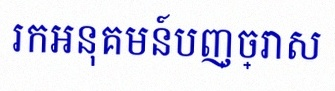
រកអនុគមន៍បញ្ច្រាស